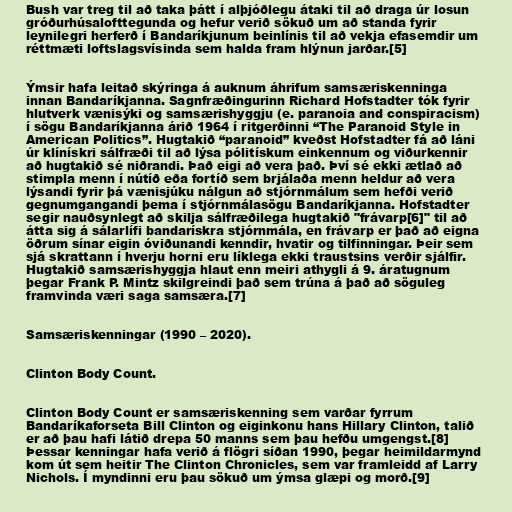
Bush var treg til að taka þátt í alþjóðlegu átaki til að draga úr losun
gróðurhúsalofttegunda og hefur verið sökuð um að standa fyrir
leynilegri herferð í Bandaríkjunum beinlínis til að vekja efasemdir um
réttmæti loftslagsvísinda sem halda fram hlýnun jarðar.[5]

Ýmsir hafa leitað skýringa á auknum áhrifum samsæriskenninga
innan Bandaríkjanna. Sagnfræðingurinn Richard Hofstadter tók fyrir
hlutverk vænisýki og samsærishyggju (e. paranoia and conspiracism)
í sögu Bandaríkjanna árið 1964 í ritgerðinni “The Paranoid Style in
American Politics”. Hugtakið “paranoid” kveðst Hofstadter fá að láni
úr klínískri sálfræði til að lýsa pólitískum einkennum og viðurkennir
að hugtakið sé niðrandi. Það eigi að vera það. Því sé ekki ætlað að
stimpla menn í nútíð eða fortíð sem brjálaða menn heldur að vera
lýsandi fyrir þá vænisjúku nálgun að stjórnmálum sem hefði verið
gegnumgangandi þema í stjórnmálasögu Bandaríkjanna. Hofstadter
segir nauðsynlegt að skilja sálfræðilega hugtakið "frávarp[6]" til að
átta sig á sálarlífi bandarískra stjórnmála, en frávarp er það að eigna
öðrum sínar eigin óviðunandi kenndir, hvatir og tilfinningar. Þeir sem
sjá skrattann í hverju horni eru líklega ekki traustsins verðir sjálfir.
Hugtakið samsærishyggja hlaut enn meiri athygli á 9. áratugnum
þegar Frank P. Mintz skilgreindi það sem trúna á það að söguleg
framvinda væri saga samsæra.[7]

Samsæriskenningar (1990 – 2020).

Clinton Body Count.

Clinton Body Count er samsæriskenning sem varðar fyrrum
Bandaríkaforseta Bill Clinton og eiginkonu hans Hillary Clinton, talið
er að þau hafi látið drepa 50 manns sem þau hefðu umgengst.[8]
Þessar kenningar hafa verið á flögri síðan 1990, þegar heimildarmynd
kom út sem heitir The Clinton Chronicles, sem var framleidd af Larry
Nichols. Í myndinni eru þau sökuð um ýmsa glæpi og morð.[9]